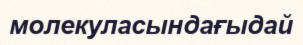
молекуласындағыдай